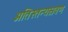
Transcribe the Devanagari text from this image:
अतिस्तन्यस्रवण